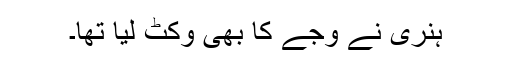
ہنری نے وجے کا بھی وکٹ لیا تھا۔